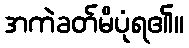
အကဲခတ်မိပုံရ၏။